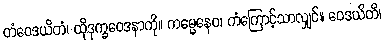
တံဝေဒယိတံ၊ ထိုဒုက္ခဝေဒနာကို။ ကမ္မေနေဝ၊ ကံကြောင့်သာလျှင်။ ဝေဒယိတိ၊